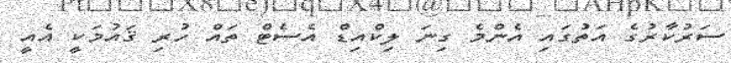
ސަރުކާރުގެ އަތުގައި އެންމެ ގިނަ ލިކްއިޑް އެސެޓް ތައް ހުރި ޤައުމަކީ އެއީ